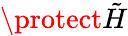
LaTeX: \protect\tilde{H}